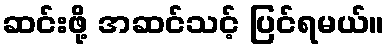
ဆင်းဖို့ အဆင်သင့် ပြင်ရမယ်။